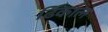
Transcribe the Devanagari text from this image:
ढिकाल